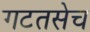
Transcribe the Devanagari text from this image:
गटतसेच